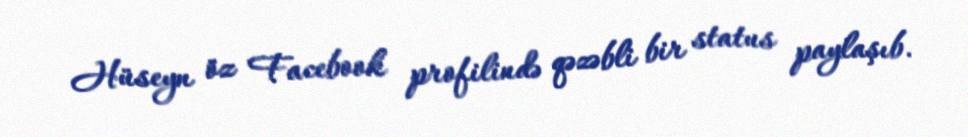
Hüseyn öz Facebook profilində qəzəbli bir status paylaşıb.